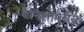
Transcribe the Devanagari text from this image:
वैनिलाएसेंस